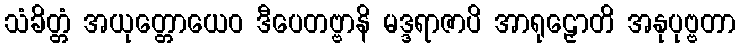
သံခိတ္တံ အယုတ္တောယေဝ ဒီပေတဗ္ဗာနိ မဒ္ဒရာဇာပိ အာရုဠှောတိ အနုပုဗ္ဗတာ